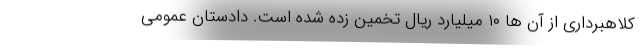
کلاهبرداری از آن ها ۱۰ میلیارد ریال تخمین زده شده است. دادستان عمومی